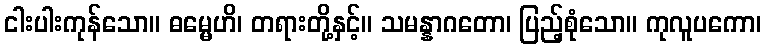
ငါးပါးကုန်သော။ ဓမ္မေဟိ၊ တရားတို့နှင့်။ သမန္နာဂတော၊ ပြည့်စုံသော။ ကုလူပကော၊